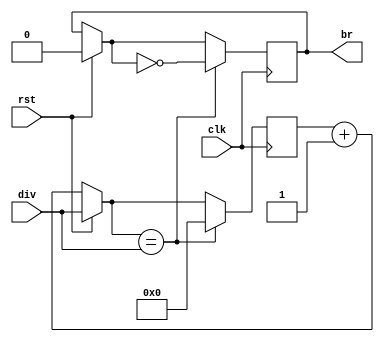
`timescale 1ns / 1ps
//////////////////////////////////////////////////////////////////////////////////
// Company: 
// Engineer: 
// 
// Design Name: 
// Module Name: baud_gen
// Project Name: 
// Target Devices: 
// Tool Versions: 
// Description: 
// 
// Dependencies: 
// 
// Revision:
// Revision 0.01 - File Created
// Additional Comments:
// 
//////////////////////////////////////////////////////////////////////////////////


module baud_gen_16(clk, rst, br, div);

input clk,rst;
output reg br;
reg [15:0]brgcount;
input [15:0]div;

always @(posedge clk)
begin
    if(rst)
    begin
//        brgcount = 16'b0000_0000_0000_0000;
        brgcount = div;
        br = 0;
    end
    else 
        brgcount = brgcount + 1'b1;
    if (brgcount==div)
    begin
        brgcount = 16'b0000_0000_0000_0000;
        br = ~br;
    end
end
endmodule